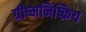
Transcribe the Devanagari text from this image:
ग्रीष्मनिष्क्रिय